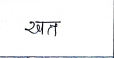
मजकूर: खत